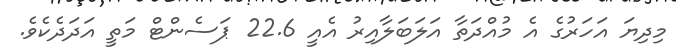
މިދިޔަ އަހަރުގެ އެ މުއްދަތާ އަލަބަލާއިރު އެއީ 22.6 ޕަސެންޓް މަތީ އަދަދެކެވެ.